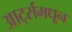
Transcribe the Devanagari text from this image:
आर्ट्समधून